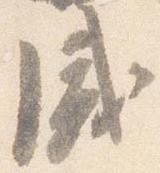
盛